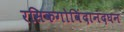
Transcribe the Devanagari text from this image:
रसिकगोविंदानंदघन